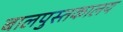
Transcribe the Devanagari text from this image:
बालपुस्तकालय